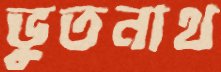
ভুতনাথ